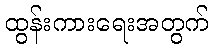
ထွန်းကားရေးအတွက်